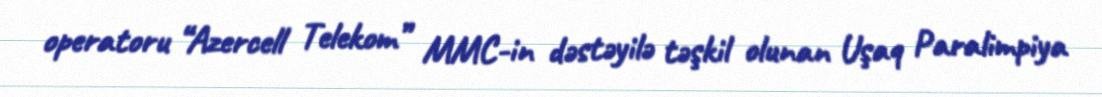
operatoru “Azercell Telekom” MMC-in dəstəyilə təşkil olunan Uşaq Paralimpiya